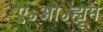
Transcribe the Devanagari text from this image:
ए॰ओ॰ह्यूम